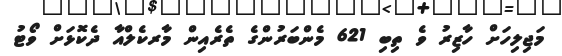
މަޖިލިހަށް ހާޒިރު ވެ ތިބި 621 މެންބަރުންގެ ތެރެއިން މާރކެލްއާ ދެކޮޅަށް ވޯޓު